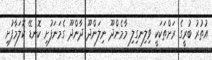
އުތުރު ބުރީގެ ރަށްތަކަކީ ވިލިނގިލި މާމެންދޫ ނިލަންދޫ ދާންދޫ ގެމަނަފުށި ކޮނޑޭ ކޮލަމާފުށި